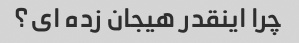
چرا اینقدر هیجان زده ای؟